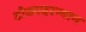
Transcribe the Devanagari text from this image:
टोकादरम्यान